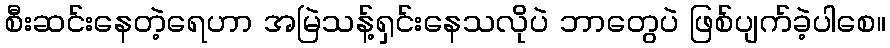
စီးဆင်းနေတဲ့ရေဟာ အမြဲသန့်ရှင်းနေသလိုပဲ ဘာတွေပဲ ဖြစ်ပျက်ခဲ့ပါစေ။